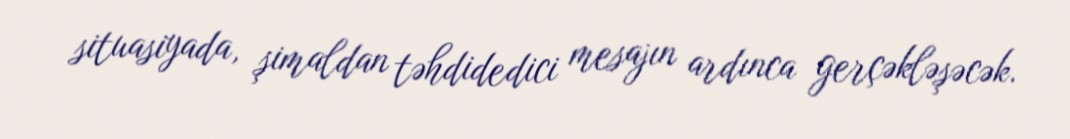
situasiyada, şimaldan təhdidedici mesajın ardınca gerçəkləşəcək.